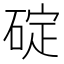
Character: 碇